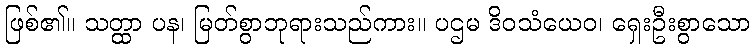
ဖြစ်၏။ သတ္ထာ ပန၊ မြတ်စွာဘုရားသည်ကား။ ပဌမ ဒိဝသံယေဝ၊ ရှေးဦးစွာသော